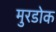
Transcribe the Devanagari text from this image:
मुरडोक